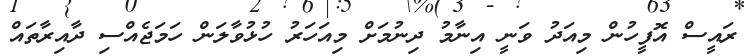
ރައީސް އޮފީހުން މިއަދު ވަނީ އިނާމު ދިނުމަށް މިއަހަރު ހުޅުވާލަން ހަމަޖެއްސި ދާއިރާތައް